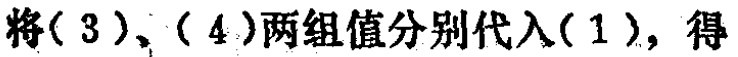
将\((3)\)、\((4)\)两组值分别代入\((1)\)，得